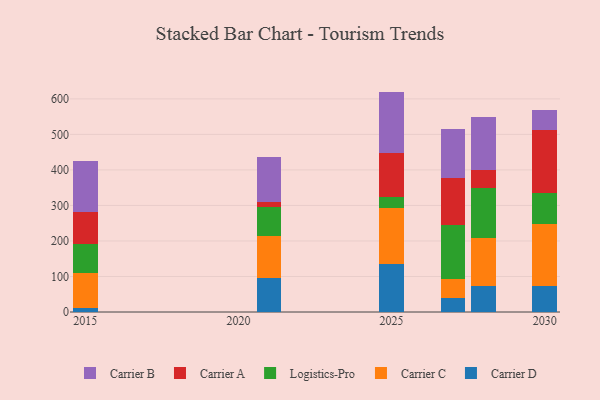
{"axis": {"x": "Year", "y": "Shipments"}, "legend": ["Carrier A", "Carrier B", "Carrier C", "Carrier D", "Logistics-Pro"], "data": [{"x": "2021", "y": 97.0, "type": "Carrier D"}, {"x": "2021", "y": 116.5, "type": "Carrier C"}, {"x": "2021", "y": 82.1, "type": "Logistics-Pro"}, {"x": "2021", "y": 13.8, "type": "Carrier A"}, {"x": "2021", "y": 127.3, "type": "Carrier B"}, {"x": "2030", "y": 74.2, "type": "Carrier D"}, {"x": "2030", "y": 174.9, "type": "Carrier C"}, {"x": "2030", "y": 86.4, "type": "Logistics-Pro"}, {"x": "2030", "y": 176.7, "type": "Carrier A"}, {"x": "2030", "y": 57.7, "type": "Carrier B"}, {"x": "2015", "y": 11.7, "type": "Carrier D"}, {"x": "2015", "y": 97.4, "type": "Carrier C"}, {"x": "2015", "y": 83.3, "type": "Logistics-Pro"}, {"x": "2015", "y": 89.8, "type": "Carrier A"}, {"x": "2015", "y": 141.9, "type": "Carrier B"}, {"x": "2028", "y": 73.4, "type": "Carrier D"}, {"x": "2028", "y": 135.1, "type": "Carrier C"}, {"x": "2028", "y": 140.7, "type": "Logistics-Pro"}, {"x": "2028", "y": 50.2, "type": "Carrier A"}, {"x": "2028", "y": 148.5, "type": "Carrier B"}, {"x": "2027", "y": 39.6, "type": "Carrier D"}, {"x": "2027", "y": 53.1, "type": "Carrier C"}, {"x": "2027", "y": 151.6, "type": "Logistics-Pro"}, {"x": "2027", "y": 133.9, "type": "Carrier A"}, {"x": "2027", "y": 136.3, "type": "Carrier B"}, {"x": "2025", "y": 134.4, "type": "Carrier D"}, {"x": "2025", "y": 157.3, "type": "Carrier C"}, {"x": "2025", "y": 31.3, "type": "Logistics-Pro"}, {"x": "2025", "y": 124.0, "type": "Carrier A"}, {"x": "2025", "y": 173.5, "type": "Carrier B"}]}